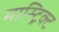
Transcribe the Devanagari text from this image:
मास्ट्रिक्ट